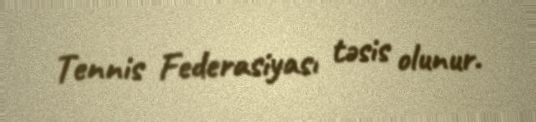
Tennis Federasiyası təsis olunur.